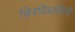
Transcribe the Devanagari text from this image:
चित्रविधायिनी